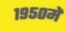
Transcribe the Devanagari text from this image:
१९५०में